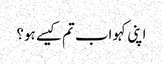
اپنی کہو اب تم کیسے ہو؟